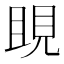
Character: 𧠢